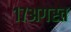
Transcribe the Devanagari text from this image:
१७अगस्त